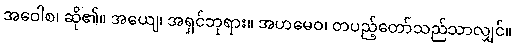
အဝေါစ၊ ဆို၏။ အယျေ၊ အရှင်ဘုရား။ အဟမေဝ၊ တပည့်တော်သည်သာလျှင်။